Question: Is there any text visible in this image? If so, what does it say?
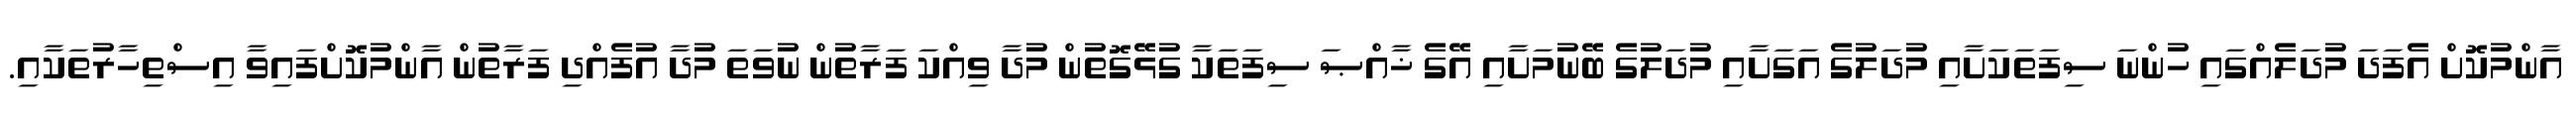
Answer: އާންމުކޮށް އެފަދަ މުދަލެއްގައި ހުންނަ ސިފަތަކަށާއި މުދަލުގެ އަގަށާއި މުދަލުގެ ބޭނުމަށާއި އޭގެ ޚާއްޞަ ސިފަތަކާ ގުޅޭގޮތުން މުދާ ވިއްކަ ފަރާތުން ނުވަތަ މުދާ އުފެއްދި ފަރާތުން އާންމުކޮށްފައިވާ އިސްތިހާރުތަކާއި.